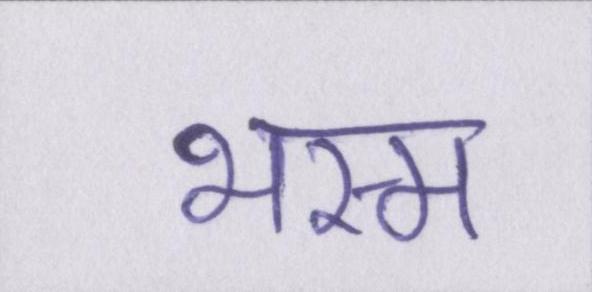
भस्म